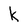
Character: k